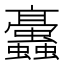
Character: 𧖁